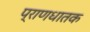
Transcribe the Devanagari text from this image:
प्राणधातक